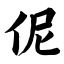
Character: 伲